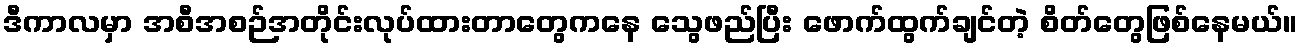
ဒီကာလမှာ အစီအစဉ်အတိုင်းလုပ်ထားတာတွေကနေ သွေဖည်ပြီး ဖောက်ထွက်ချင်တဲ့ စိတ်တွေဖြစ်နေမယ်။